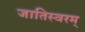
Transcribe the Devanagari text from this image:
जातिस्वरम्